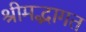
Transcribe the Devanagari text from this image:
श्रीमद्भागत